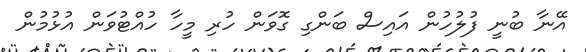
އޭނާ ބުނީ ފުލުހުން އައިސް ބަންގި ގޮވަން ހުރި މީހާ ހުއްޓުވަން އުޅުމުން